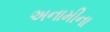
અનામીના